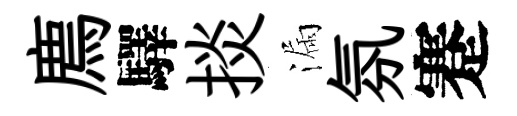
廌驛掞漏氛蹇